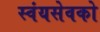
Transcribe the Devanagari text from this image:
स्वंयसेवको